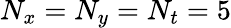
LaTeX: N_{x}=N_{y}=N_{t}=5